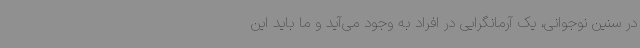
در سنین نوجوانی، یک آرمانگرایی در افراد به وجود می‌آید و ما باید این